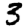
Digit: 3